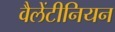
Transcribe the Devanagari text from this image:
वैलेंटीनियन